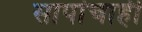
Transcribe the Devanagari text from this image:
सापांचाही